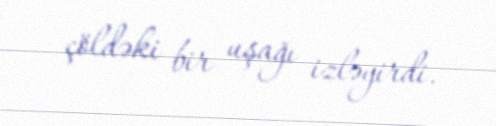
çöldəki bir uşağı izləyirdi.